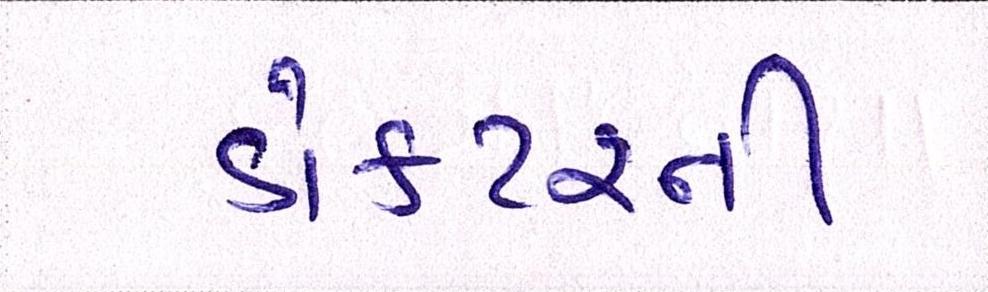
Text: ડોકટરની